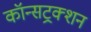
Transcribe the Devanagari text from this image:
कॉन्सट्रक्शन